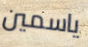
ياسمين